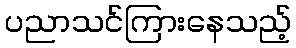
ပညာသင်ကြားနေသည့်